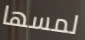
لمسها